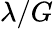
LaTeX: \lambda/G